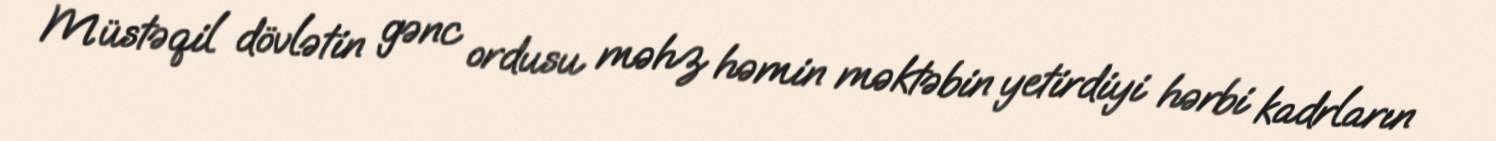
Müstəqil dövlətin gənc ordusu məhz həmin məktəbin yetirdiyi hərbi kadrların